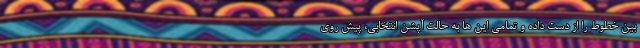
بین خطوط را از دست داده و تمامی این ها به حالت آپشن انتخابی، پیش روی